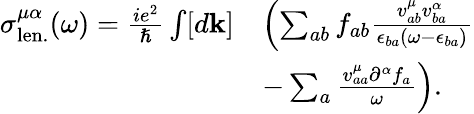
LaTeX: \begin{array}{rl}{\sigma_{\mathrm{len.}}^{\mu\alpha}(\omega)=\frac{ie^{2}}{\hslash}\int[d\mathbf{k}]}&{\left(\sum_{ab}f_{ab}\frac{v_{ab}^{\mu}v_{ba}^{\alpha}}{\epsilon_{ba}(\omega-\epsilon_{ba})}\right.}\\ &{\left.-\sum_{a}\frac{v_{aa}^{\mu}\partial^{\alpha}f_{a}}{\omega}\right)\mathrm{.}}\end{array}